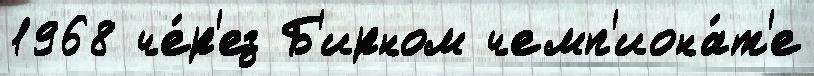
1968 че́р'ез Б'ирном чемп'иона́т'е